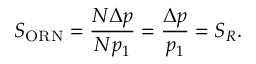
S _ { \mathrm { O R N } } = \frac { N \Delta p } { N p _ { 1 } } = \frac { \Delta p } { p _ { 1 } } = S _ { R } .